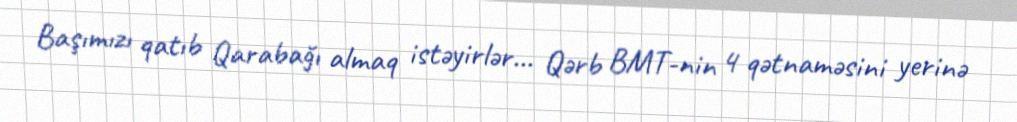
Başımızı qatıb Qarabağı almaq istəyirlər... Qərb BMT-nin 4 qətnaməsini yerinə